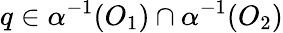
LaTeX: q\in\alpha^{-1}(O_{1})\cap\alpha^{-1}(O_{2})